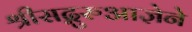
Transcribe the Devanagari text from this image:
श्रीसद्गुरुआज्ञेने